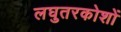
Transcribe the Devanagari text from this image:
लघुतरकोशों